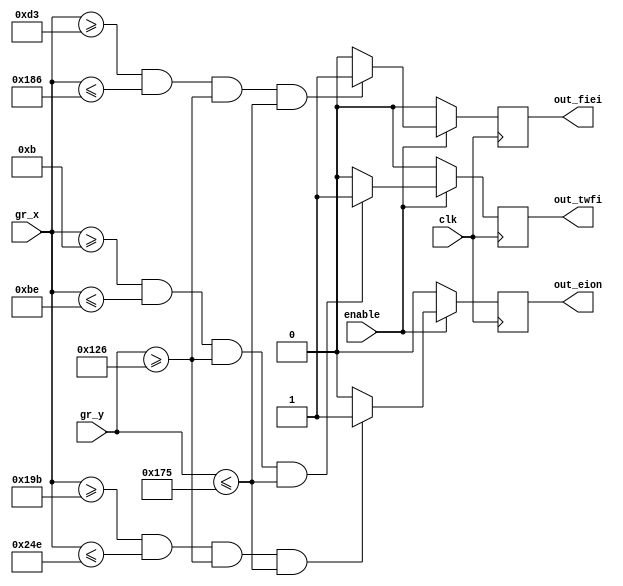
module DRAW_LARGE_NUMBERS(
	input wire clk,
//	input wire reset,
	input wire enable,
	input wire [10:0]gr_x,
	input wire [9:0]gr_y,
	
	output reg out_twfi,
	output reg out_fiei,
	output reg out_eion
	);
	
parameter[10:0] x1 = 11'd11;
parameter[10:0] x2 = 11'd190;
parameter[9:0] y1 = 11'd294;
parameter[9:0] y2 = 11'd373;

parameter[10:0] x3 = 11'd211;
parameter[10:0] x4 = 11'd390;

parameter[10:0] x5 = 11'd411;
parameter[10:0] x6 = 11'd590;

always @ (posedge clk)
	begin
	if (enable == 1)
	begin
		if ((gr_x[10:0]>=x1[10:0])&&(gr_x[10:0]<=x2)&&(gr_y[9:0]>=y1)&&(gr_y[9:0]<=y2))
			begin
				out_twfi = 1;
			end
			else
				out_twfi = 0;	
		if ((gr_x[10:0]>=x3[10:0])&&(gr_x[10:0]<=x4)&&(gr_y[9:0]>=y1)&&(gr_y[9:0]<=y2))
			begin
				out_fiei = 1;
			end
			else
				out_fiei = 0;	
		if ((gr_x[10:0]>=x5[10:0])&&(gr_x[10:0]<=x6)&&(gr_y[9:0]>=y1)&&(gr_y[9:0]<=y2))
			begin
				out_eion = 1;
			end
			else
				out_eion = 0;	
	end
	else
	begin
		out_twfi = 0;
		out_fiei = 0;
		out_eion = 0;
	end
	end
endmodule